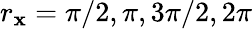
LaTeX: r_{\mathbf{x}}=\pi/2,\pi,3\pi/2,2\pi